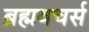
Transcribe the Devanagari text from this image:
ब्रह्मवचर्स